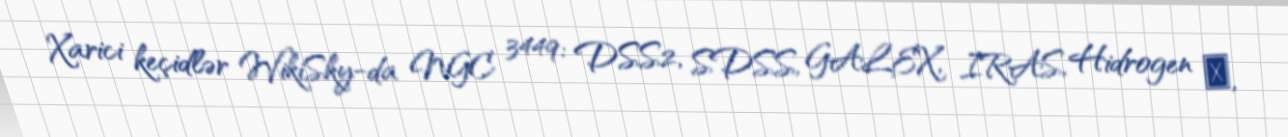
Xarici keçidlər WikiSky-da NGC 3449: DSS2, SDSS, GALEX, IRAS, Hidrogen α,